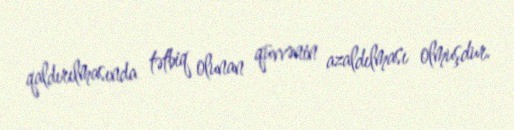
qaldırılmasında tətbiq olunan qüvvənin azaldılması olmuşdur.